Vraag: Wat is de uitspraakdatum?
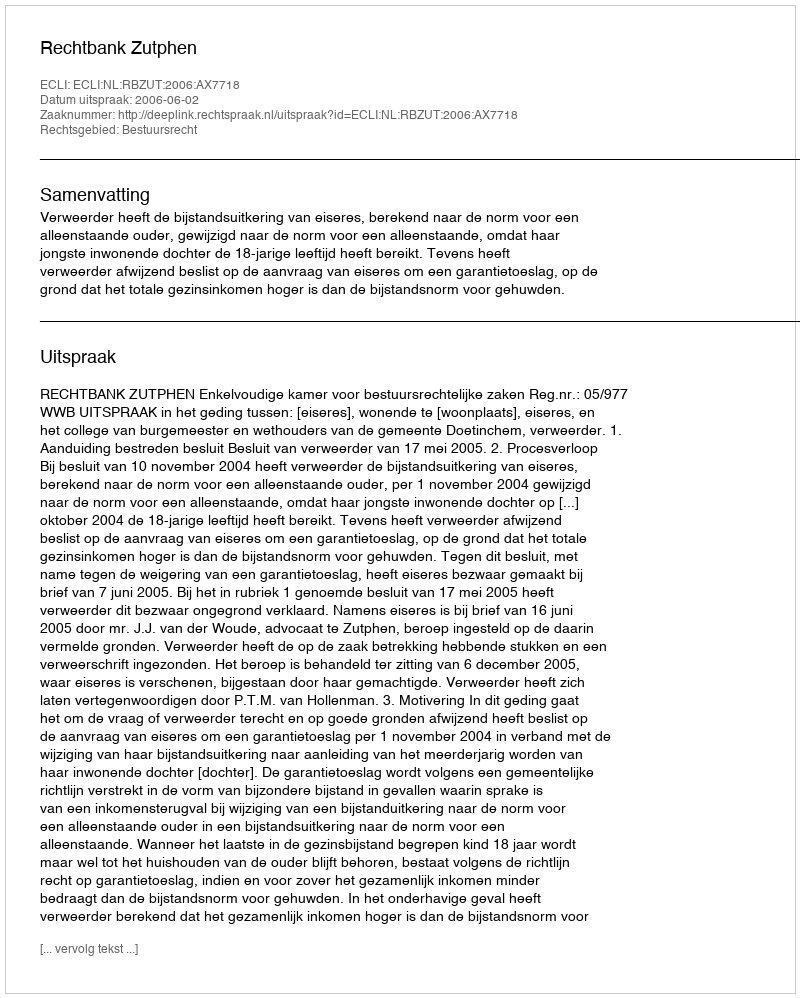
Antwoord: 2006-06-02